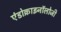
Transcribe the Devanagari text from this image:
एंडोक्राइनॉलोजी